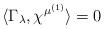
LaTeX: \begin{align*}\langle \Gamma_\lambda, \chi^{\mu^{(1)}} \rangle = 0\end{align*}